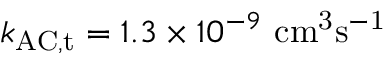
k _ { \mathrm { A C , t } } = 1 . 3 \times 1 0 ^ { - 9 } ~ \mathrm { c m ^ { 3 } s ^ { - 1 } }